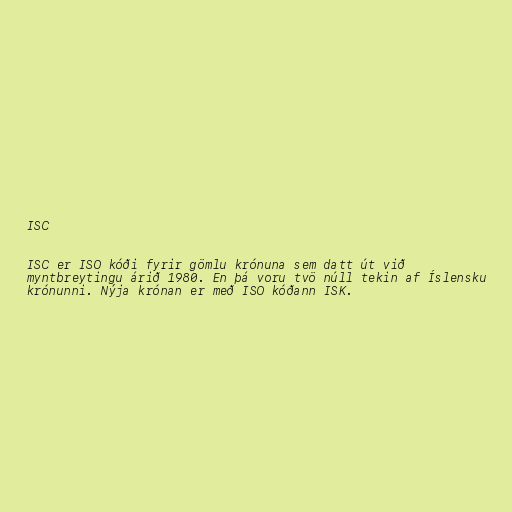
ISC

ISC er ISO kóði fyrir gömlu krónuna sem datt út við
myntbreytingu árið 1980. En þá voru tvö núll tekin af Íslensku
krónunni. Nýja krónan er með ISO kóðann ISK.